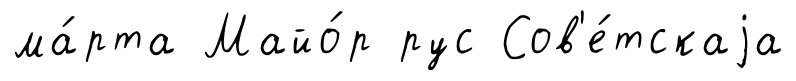
ма́рта Майо́р рус Сов'е́тскаjа